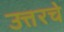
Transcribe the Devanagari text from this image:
उत्तरचे